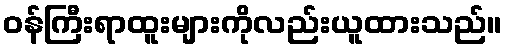
ဝန်ကြီးရာထူးများကိုလည်းယူထားသည်။